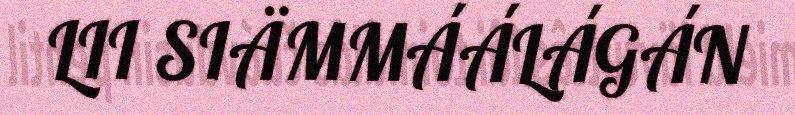
LII SIÄMMÁÁLÁGÁN